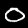
Label: 0